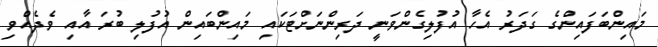
މައިންބަފައިންގެ ގަދަރު އެހާ އުފުލިގެންވަނީ ދަރިންނަށްޓަކައި މައިންބައިން އުފުލި ބުރަ އާއި ވެދެއްވި